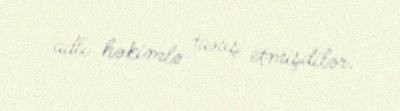
adlı həkimlə tanış etmişdilər.